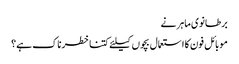
برطانوی ماہر نے
موبائل فون کا استعمال بچوں کیلئے کتنا خطرناک ہے؟